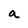
Character: a